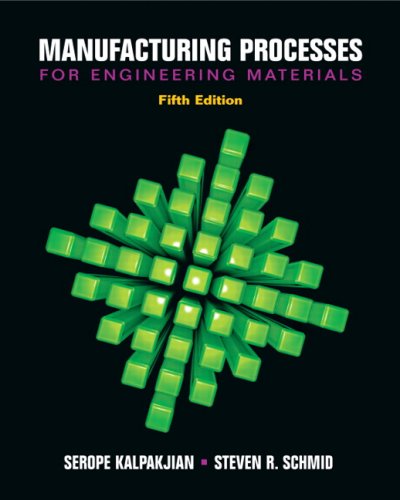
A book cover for Manufacturing Processes for Engineering Materials (5th Edition); Serope Kalpakjian; Engineering & Transportation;